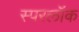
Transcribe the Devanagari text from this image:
स्परलॉक